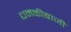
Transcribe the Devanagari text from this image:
धमकीबाजी